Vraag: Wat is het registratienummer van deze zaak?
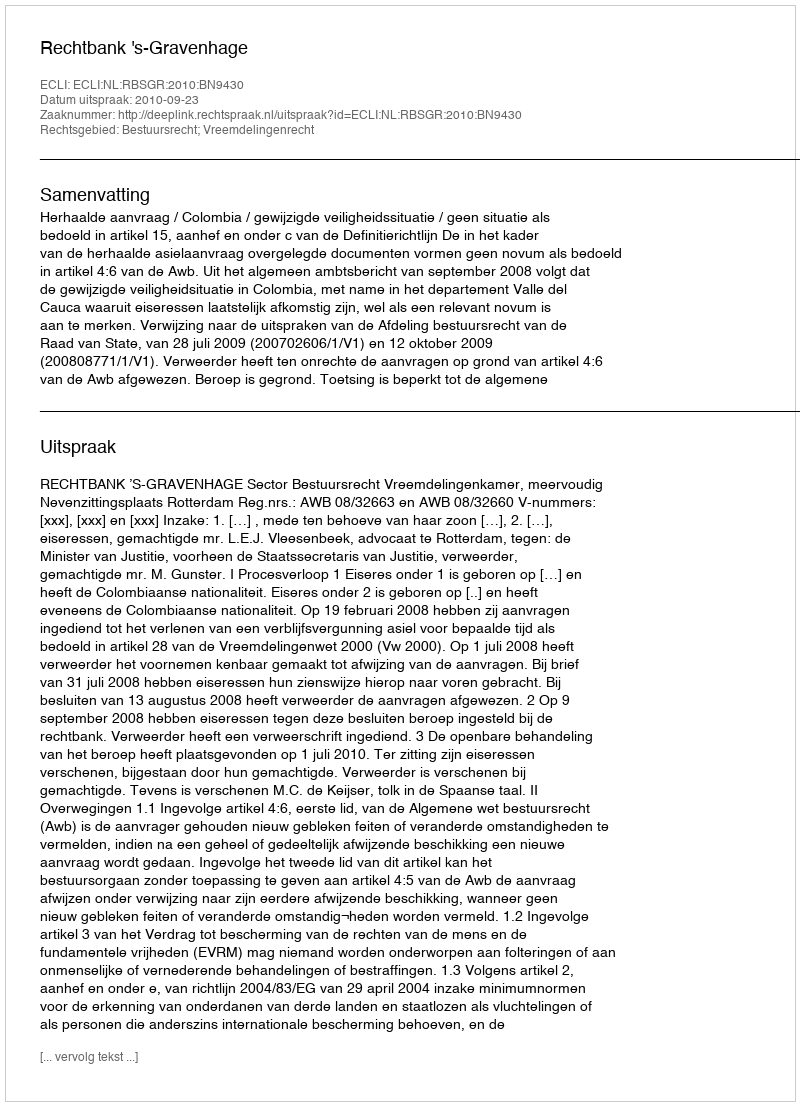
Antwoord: http://deeplink.rechtspraak.nl/uitspraak?id=ECLI:NL:RBSGR:2010:BN9430